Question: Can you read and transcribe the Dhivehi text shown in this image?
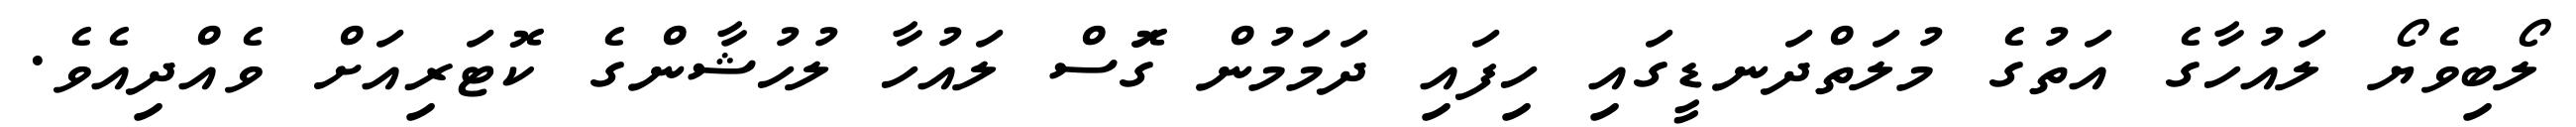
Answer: ލޯބިވެޔޯ ލައުހާގެ އަތުގެ މުލަތްދަނޑީގައި ހިފައި ދަމަމުން ގަޮސް ލައުހާ ލުހުޝާންގެ ކޮޓަރިއަށް ވެއްދިއެވެ.